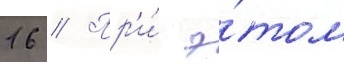
16 // Пр'и́ э́том